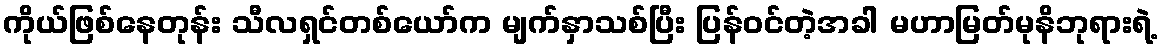
ကိုယ်ဖြစ်နေတုန်း သီလရှင်တစ်ယော်က မျက်နှာသစ်ပြီး ပြန်ဝင်တဲ့အခါ မဟာမြတ်မုနိဘုရားရဲ့